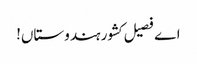
اے فصیل کشور ہندوستاں!